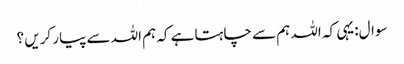
سوال:یہی کہ اللہ ہم سے چاہتا ہے کہ ہم اللہ سے پیار کریں ؟